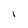
Character: I